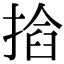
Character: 𢰖